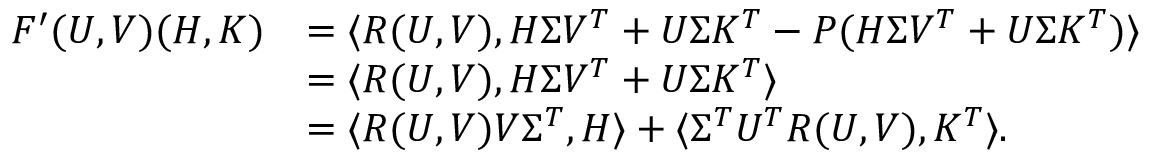
\begin{array} { r l } { F ^ { \prime } ( U , V ) ( H , K ) } & { = \langle R ( U , V ) , H \Sigma V ^ { T } + U \Sigma K ^ { T } - P ( H \Sigma V ^ { T } + U \Sigma K ^ { T } ) \rangle } \\ & { = \langle R ( U , V ) , H \Sigma V ^ { T } + U \Sigma K ^ { T } \rangle } \\ & { = \langle R ( U , V ) V \Sigma ^ { T } , H \rangle + \langle \Sigma ^ { T } U ^ { T } R ( U , V ) , K ^ { T } \rangle . } \end{array}